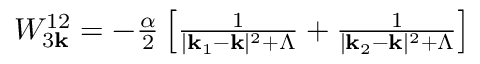
\begin{array} { r } { W _ { 3 { \bf k } } ^ { 1 2 } = - \frac { \alpha } { 2 } \left[ \frac { 1 } { | { \bf k } _ { 1 } - { \bf k } | ^ { 2 } + \Lambda } + \frac { 1 } { | { \bf k } _ { 2 } - { \bf k } | ^ { 2 } + \Lambda } \right] } \end{array}